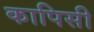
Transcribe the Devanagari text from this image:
कापिसी